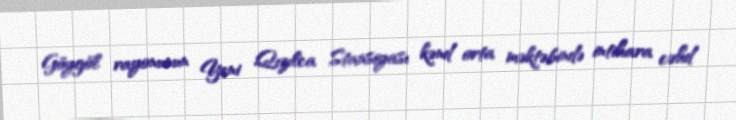
Göygöl rayonunun Yeni Qızılca Stansiyası kənd orta məktəbində intihara cəhd